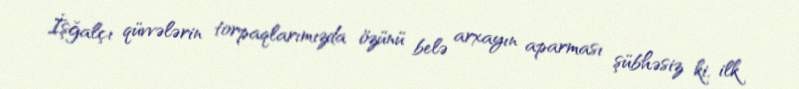
İşğalçı qüvvələrin torpaqlarımızda özünü belə arxayın aparması şübhəsiz ki, ilk